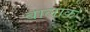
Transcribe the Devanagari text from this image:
बालाक